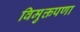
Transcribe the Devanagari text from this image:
विमुक्तपणा